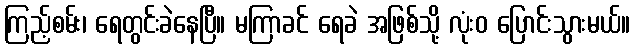
ကြည့်စမ်း၊ ရေတွင်းခဲနေပြီ။ မကြာခင် ရေခဲ အဖြစ်သို့ လုံးဝ ပြောင်းသွားမယ်။